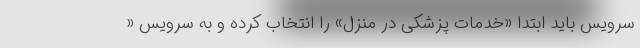
سرویس باید ابتدا «خدمات پزشکی در منزل» را انتخاب کرده و به سرویس «